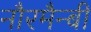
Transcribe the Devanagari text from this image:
नौरमैन्बी